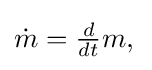
{\textstyle {\dot {m}}={\frac {d}{dt}}m,\,}